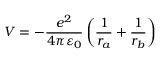
V = - { \frac { e ^ { 2 } } { 4 \pi \varepsilon _ { 0 } } } \left( { \frac { 1 } { r _ { a } } } + { \frac { 1 } { r _ { b } } } \right)